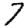
Digit: 7